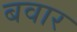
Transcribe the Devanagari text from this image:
बवार